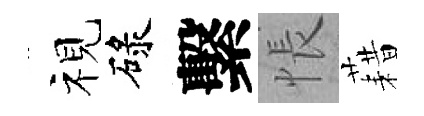
视碌繫悵藉